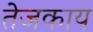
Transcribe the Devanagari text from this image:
तेजकाय